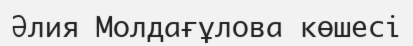
Әлия Молдағұлова көшесі